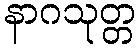
နာဂသုတ္တ